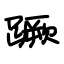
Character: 蹶